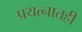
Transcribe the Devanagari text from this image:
प्रयत्नातही